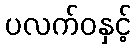
ပလက်ဝနှင့်